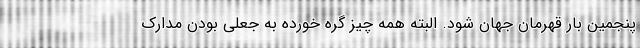
پنجمین بار قهرمان جهان شود. البته همه چیز گره خورده به جعلی بودن مدارک